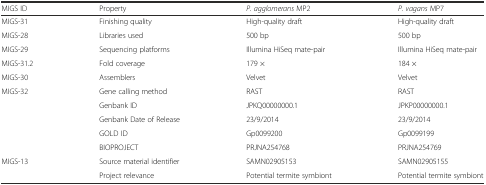
| MIGS ID | Property | P. agglomerans MP2 | P. vagans MP7 |
 | --- | --- | --- | --- |
 | MIGS-31 | Finishing quality | High-quality draft | High-quality draft |
 | MIGS-28 | Libraries used | 500 bp | 500 bp |
 | MIGS-29 | Sequencing platforms | Illumina HiSeq mate-pair | Illumina HiSeq mate-pair |
 | MIGS-31.2 | Fold coverage | 179 × | 184 × |
 | MIGS-30 | Assemblers | Velvet | Velvet |
 | MIGS-32 | Gene calling method | RAST | RAST |
 |  | Genbank ID | JPKQ00000000.1 | JPKP00000000.1 |
 |  | Genbank Date of Release | 23/9/2014 | 23/9/2014 |
 |  | GOLD ID | Gp0099200 | Gp0099199 |
 |  | BIOPROJECT | PRJNA254768 | PRJNA254769 |
 | MIGS-13 | Source material identifier | SAMN02905153 | SAMN02905155 |
 |  | Project relevance | Potential termite symbiont | Potential termite symbiont |